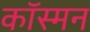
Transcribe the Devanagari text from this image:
कॉस्मन